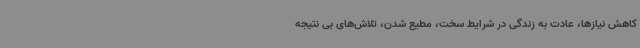
کاهش نیازها، عادت به زندگی در شرایط سخت، مطیع شدن، تلاش‌های بی نتیجه